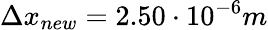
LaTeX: \Delta x_{new}=2.50\cdot 10^{-6}m